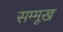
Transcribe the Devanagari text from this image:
सम्मूख